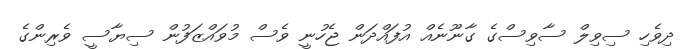
ދިވެހި ސިވިލް ސާވިސްގެ ގާނޫނެއް އުފައްދަން ޖެހުނީ ވެސް މުވައްޒަފުން ސިޔާސީ ވެރިންގެ